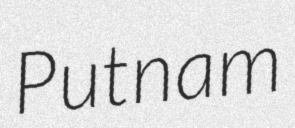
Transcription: Putnam